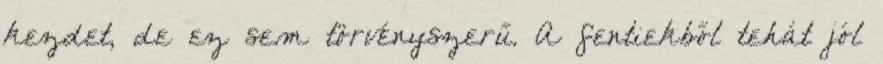
kezdet, de ez sem törvényszerű. A fentiekből tehát jól